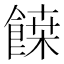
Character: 𩝀